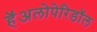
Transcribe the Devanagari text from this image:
हॅअलोपेरिडॉल